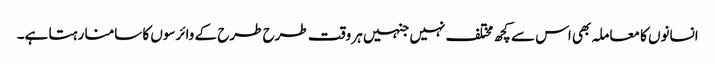
انسانوں کا معاملہ بھی اس سے کچھ مختلف نہیں جنہیں ہر وقت طرح طرح کے وائرسوں کا سامنا رہتا ہے۔